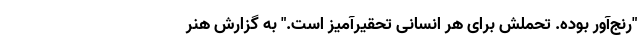
"رنج‌آور بوده. تحملش برای هر انسانی تحقیرآمیز است." به گزارش هنر